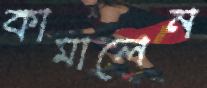
কামালেন